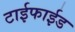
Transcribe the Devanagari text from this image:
टाईफाईड